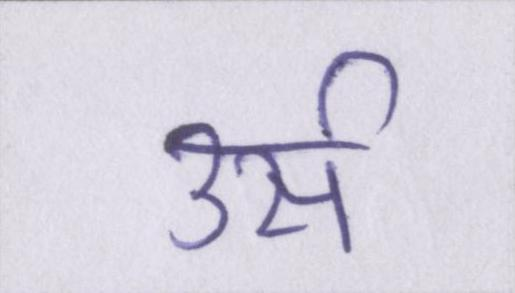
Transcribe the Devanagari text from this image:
उर्स